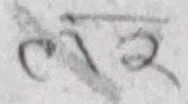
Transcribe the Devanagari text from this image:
नर